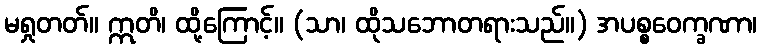
မရှုတတ်။ ဣတိ၊ ထို့ကြောင့်။ (သာ၊ ထိုသဘောတရားသည်။) အပစ္စဝေက္ခဏာ၊